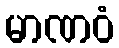
မာဏဝံ